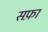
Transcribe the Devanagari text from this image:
सफ़ा